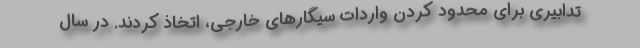
تدابیری برای محدود کردن واردات سیگارهای خارجی، اتخاذ کردند. در سال